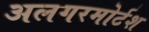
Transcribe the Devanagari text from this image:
अलगरमोर्टश